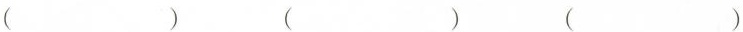
( ) ( ) ( )